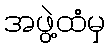
အဖွဲ့ထံမှ